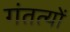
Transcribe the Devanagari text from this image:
गंतत्‍यों